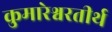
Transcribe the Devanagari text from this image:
कुमारेश्वरतीर्थ